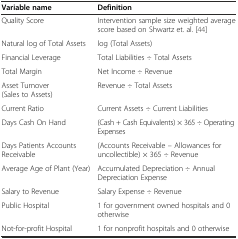
| Variable name | Definition |
 | --- | --- |
 | Quality Score | Intervention sample size weighted average score based on Shwartz et. al. [44] |
 | Natural log of Total Assets | log (Total Assets) |
 | Financial Leverage | Total Liabilities ÷ Total Assets |
 | Total Margin | Net Income ÷ Revenue |
 | Asset Turnover (Sales to Assets) | Revenue ÷ Total Assets |
 | Current Ratio | Current Assets ÷ Current Liabilities |
 | Days Cash On Hand | (Cash + Cash Equivalents) × 365 ÷ Operating Expenses |
 | Days Patients Accounts Receivable | (Accounts Receivable – Allowances for uncollectible) × 365 ÷ Revenue |
 | Average Age of Plant (Year) | Accumulated Depreciation ÷ Annual Depreciation Expense |
 | Salary to Revenue | Salary Expense ÷ Revenue |
 | Public Hospital | 1 for government owned hospitals and 0 otherwise |
 | Not-for-profit Hospital | 1 for nonprofit hospitals and 0 otherwise |